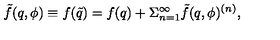
\tilde { f } ( q , \phi ) \equiv f ( \tilde { q } ) = f ( q ) + \Sigma _ { n = 1 } ^ { \infty } \tilde { f } ( q , \phi ) ^ { ( n ) } ,